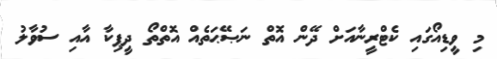
މި ވީޑިއޯގައި ކެޓްރީނާއަށް ދޭން އޮތް ނަޞޭޙަތެއް އޮތްތޯ ދީޕިކާ އާއި ސުވާލު